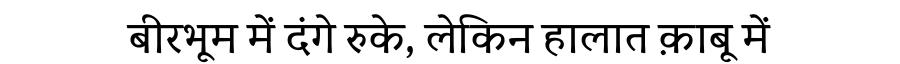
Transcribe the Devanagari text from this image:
बीरभूम में दंगे रुके, लेकिन हालात क़ाबू में